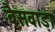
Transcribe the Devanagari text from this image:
बैसवाड़ा